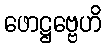
ဖောဋ္ဌဗ္ဗေဟိ